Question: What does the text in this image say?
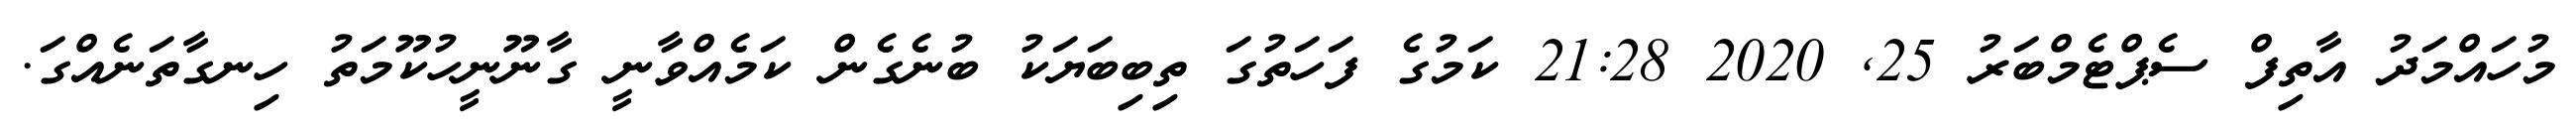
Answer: މުހައްމަދު އާތިފް ސެޕްޓެމްބަރު 25, 2020 21:28 ކަމުގެ ފަހަތުގަ ތިބިބަޔަކު ބުނެގެން ކަމެއްވާނީ ގާނޫނީހުކޫމަތު ހިނގާތަނެއްގަ.